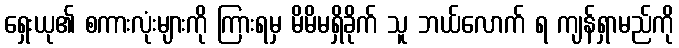
ရှေးယု၏ စကားလုံးများကို ကြားရမှ မိမိမရှိခိုက် သူ ဘယ်လောက် ရ ကျန်ရှာမည်ကို